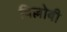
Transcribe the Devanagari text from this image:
विल्लोबी